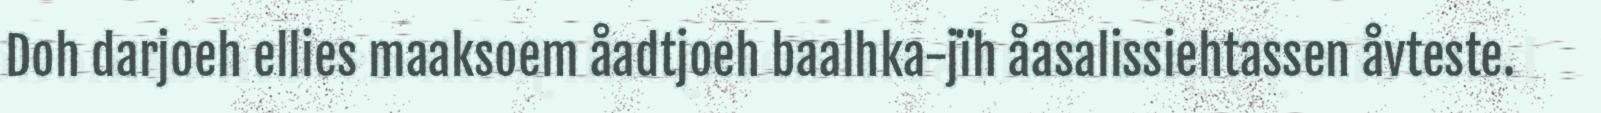
Doh darjoeh ellies maaksoem åadtjoeh baalhka-jïh åasalissiehtassen åvteste.